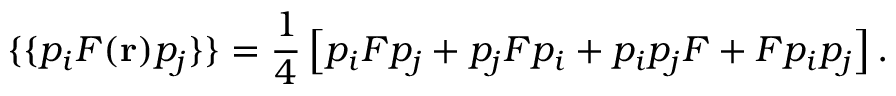
\{ \{ p _ { i } F ( { \bf r } ) p _ { j } \} \} = \frac { 1 } { 4 } \left[ p _ { i } F p _ { j } + p _ { j } F p _ { i } + p _ { i } p _ { j } F + F p _ { i } p _ { j } \right] .